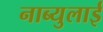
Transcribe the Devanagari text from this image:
नाब्युलाई